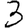
Digit: 3